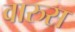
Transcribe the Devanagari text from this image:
वारुस